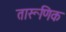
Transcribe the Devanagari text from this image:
तारूणिक